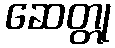
ဆေတ္တု